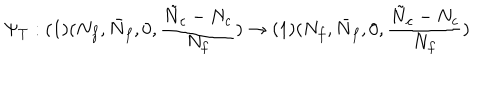
\Psi _ { T } : ( 1 ) ( N _ { f } , \bar { N } _ { f } , 0 , \frac { \tilde { N } _ { c } - N _ { c } } { N _ { f } } ) \rightarrow ( 1 ) ( N _ { f } , \bar { N } _ { f } , 0 , \frac { \tilde { N } _ { c } - N _ { c } } { N _ { f } } )